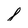
Character: 8